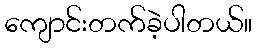
ကျောင်းတက်ခဲ့ပါတယ်။